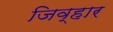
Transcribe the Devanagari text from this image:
जिव्हार